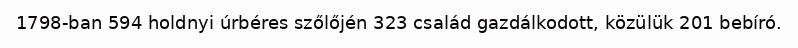
1798-ban 594 holdnyi úrbéres szőlőjén 323 család gazdálkodott, közülük 201 bebíró.